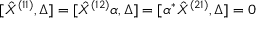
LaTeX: [ \hat { X } ^ { ( 1 1 ) } , \Delta ] = [ \hat { X } ^ { ( 1 2 ) } \alpha , \Delta ] = [ \alpha ^ { * } \hat { X } ^ { ( 2 1 ) } , \Delta ] = 0